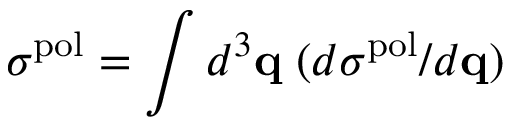
\sigma ^ { \mathrm { p o l } } = \int d ^ { 3 } { \bf q } \; ( d \sigma ^ { \mathrm { p o l } } / d { \bf q } )